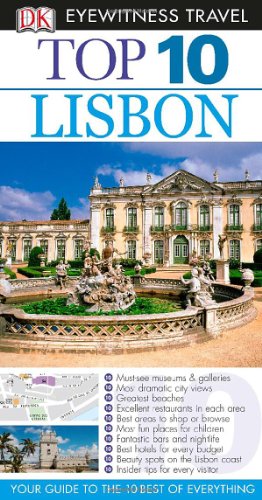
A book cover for Top 10 Lisbon (EYEWITNESS TOP 10 TRAVEL GUIDE); Tomas Tranaeus; Travel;